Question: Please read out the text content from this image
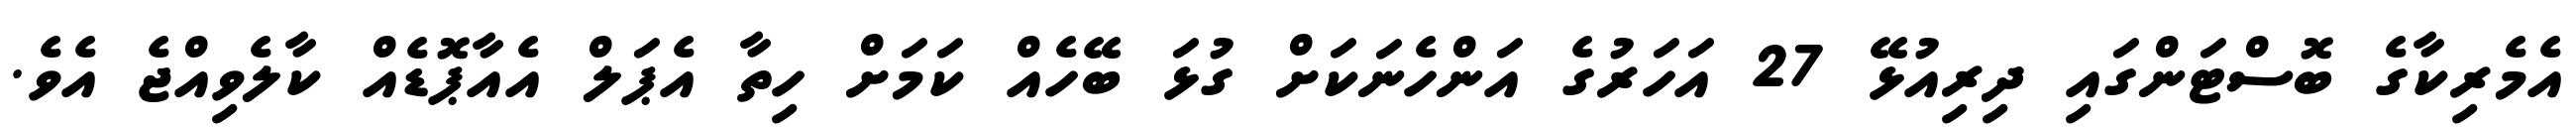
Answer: އެމެރިކާގެ ބޮސްޓަންގައި ދިރިއުޅޭ 27 އަހަރުގެ އަންހެނަކަށް ގުޅަ ބޭހެއް ކަމަށް ހިތާ އެޕަލް އެއާޕޮޑެއް ކާލެވިއްޖެ އެވެ.